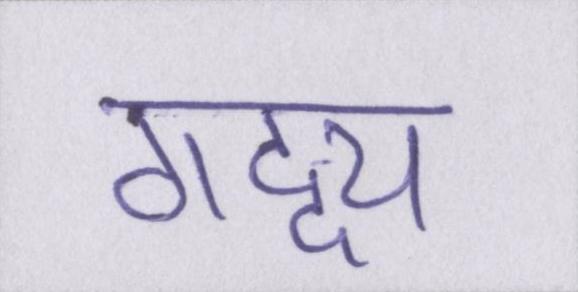
गद्द्य